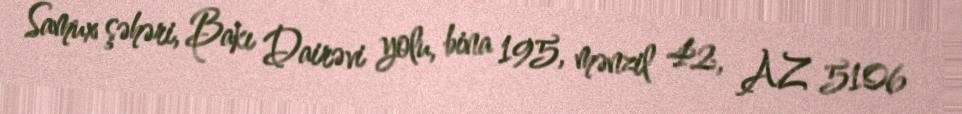
Samux şəhəri, Bakı Dairəvi yolu, bina 195, mənzil 42, AZ 5106